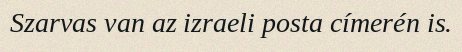
Szarvas van az izraeli posta címerén is.